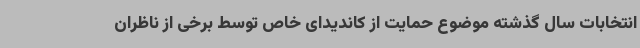
انتخابات سال گذشته موضوع حمایت از کاندیدای خاص توسط برخی از ناظران